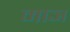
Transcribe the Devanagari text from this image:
माञ